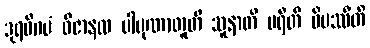
ဒုရဓိဂမံ ဝိဇာနထ ပါပုဏာတူတိ သူနာတိ ပရီတိ ဝိပဿီတိ